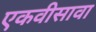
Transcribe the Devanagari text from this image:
एकवीसावा